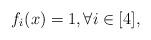
LaTeX: \begin{align*}f_i(x)=1,\forall i\in[4],\end{align*}